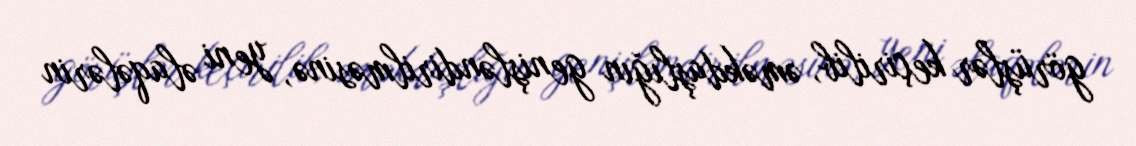
görüşlər keçirilib, əməkdaşlığın genişləndirilməsinə, yeni əlaqələrin